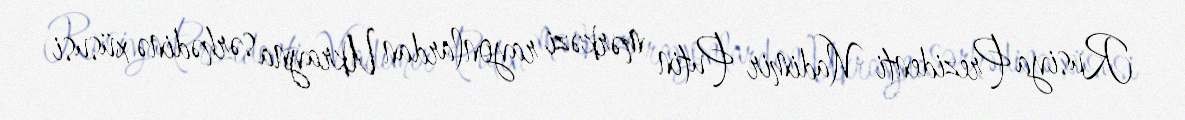
Rusiya Prezidenti Vladimir Putin mərkəzi rayonlardan Ukrayna sərhədinə xüsusi